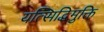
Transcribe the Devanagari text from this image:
यत्सिद्धिमुक्ति